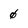
Character: 0